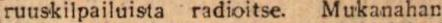
ruuskilpailuista radioitse. Mukanahan